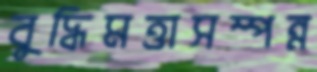
বুদ্ধিমত্তাসম্পন্ন